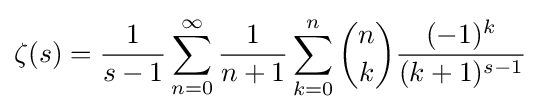
\zeta (s)={\frac {1}{s-1}}\sum _{n=0}^{\infty }{\frac {1}{n+1}}\sum _{k=0}^{n}{\binom {n}{k}}{\frac {(-1)^{k}}{(k+1)^{s-1}}}